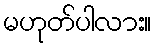
မဟုတ်ပါလား။